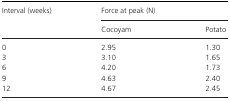
<table><thead><tr><td rowspan="2"><b>Interval (weeks)</b></td><td colspan="2"><b>Force at peak (N)</b></td></tr><tr><td><b>Cocoyam</b></td><td><b>Potato</b></td></tr></thead><tbody><tr><td>0</td><td>2.95</td><td>1.30</td></tr><tr><td>3</td><td>3.10</td><td>1.65</td></tr><tr><td>6</td><td>4.20</td><td>1.73</td></tr><tr><td>9</td><td>4.63</td><td>2.40</td></tr><tr><td>12</td><td>4.67</td><td>2.45</td></tr></tbody></table>